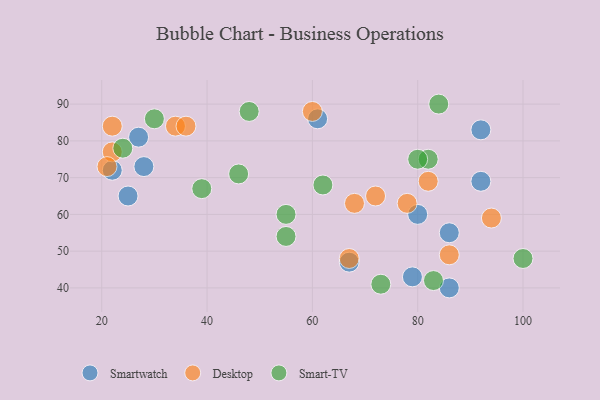
{"axis": {"x": "GDP", "y": "Life Expectancy"}, "legend": ["Desktop", "Smart-TV", "Smartwatch"], "data": [{"x": "61", "y": 86, "type": "Smartwatch"}, {"x": "86", "y": 55, "type": "Smartwatch"}, {"x": "92", "y": 69, "type": "Smartwatch"}, {"x": "79", "y": 43, "type": "Smartwatch"}, {"x": "28", "y": 73, "type": "Smartwatch"}, {"x": "86", "y": 40, "type": "Smartwatch"}, {"x": "27", "y": 81, "type": "Smartwatch"}, {"x": "25", "y": 65, "type": "Smartwatch"}, {"x": "80", "y": 60, "type": "Smartwatch"}, {"x": "92", "y": 83, "type": "Smartwatch"}, {"x": "22", "y": 72, "type": "Smartwatch"}, {"x": "67", "y": 47, "type": "Smartwatch"}, {"x": "22", "y": 84, "type": "Desktop"}, {"x": "22", "y": 77, "type": "Desktop"}, {"x": "68", "y": 63, "type": "Desktop"}, {"x": "34", "y": 84, "type": "Desktop"}, {"x": "82", "y": 69, "type": "Desktop"}, {"x": "67", "y": 48, "type": "Desktop"}, {"x": "21", "y": 73, "type": "Desktop"}, {"x": "86", "y": 49, "type": "Desktop"}, {"x": "72", "y": 65, "type": "Desktop"}, {"x": "36", "y": 84, "type": "Desktop"}, {"x": "94", "y": 59, "type": "Desktop"}, {"x": "78", "y": 63, "type": "Desktop"}, {"x": "60", "y": 88, "type": "Desktop"}, {"x": "100", "y": 48, "type": "Smart-TV"}, {"x": "30", "y": 86, "type": "Smart-TV"}, {"x": "46", "y": 71, "type": "Smart-TV"}, {"x": "55", "y": 60, "type": "Smart-TV"}, {"x": "24", "y": 78, "type": "Smart-TV"}, {"x": "82", "y": 75, "type": "Smart-TV"}, {"x": "48", "y": 88, "type": "Smart-TV"}, {"x": "83", "y": 42, "type": "Smart-TV"}, {"x": "62", "y": 68, "type": "Smart-TV"}, {"x": "73", "y": 41, "type": "Smart-TV"}, {"x": "84", "y": 90, "type": "Smart-TV"}, {"x": "39", "y": 67, "type": "Smart-TV"}, {"x": "55", "y": 54, "type": "Smart-TV"}, {"x": "80", "y": 75, "type": "Smart-TV"}]}